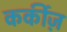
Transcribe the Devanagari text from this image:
कर्कीज़